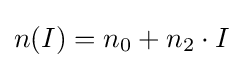
n(I)=n_{0}+n_{2}\cdot I